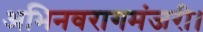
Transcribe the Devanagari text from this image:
अभिनवरागमंजरी।